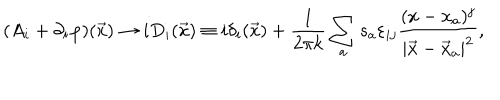
( A _ { i } + \partial _ { i } \varphi ) ( \vec { x } ) \rightarrow i D _ { i } ( \vec { x } ) \equiv i \delta _ { i } ( \vec { x } ) + \frac { 1 } { 2 \pi k } \sum _ { a } s _ { a } \varepsilon _ { i j } \frac { ( x - x _ { a } ) ^ { j } } { | \vec { x } - \vec { x } _ { a } | ^ { 2 } } ,